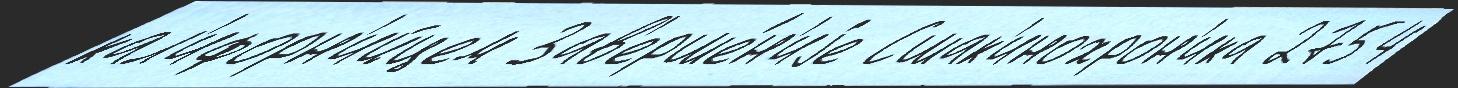
кал'ифорн'ийцем Зав'ерше́н'иjе Сшак'инохрон'ика 2754